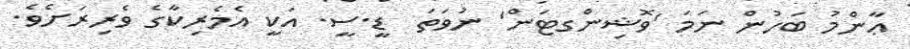
ޢާންމު ބަހުން ނަމަ 'ވޮޝިންގޓަން' ނުވަތަ  ޑީ.ސީ. އަކީ އެމެރިކާގެ ވެރިރަށެވެ.